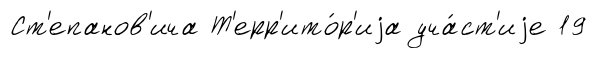
Ст'епанов'ича Т'ерр'ито́р'иjа уча́ст'иjе 19